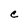
Character: e